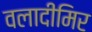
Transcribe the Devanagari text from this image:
वलादीमिर